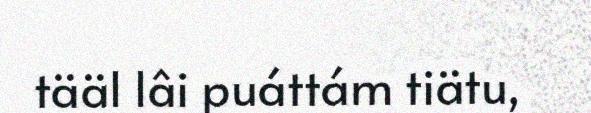
tääl lâi puáttám tiätu,